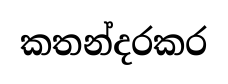
කතන්දරකර